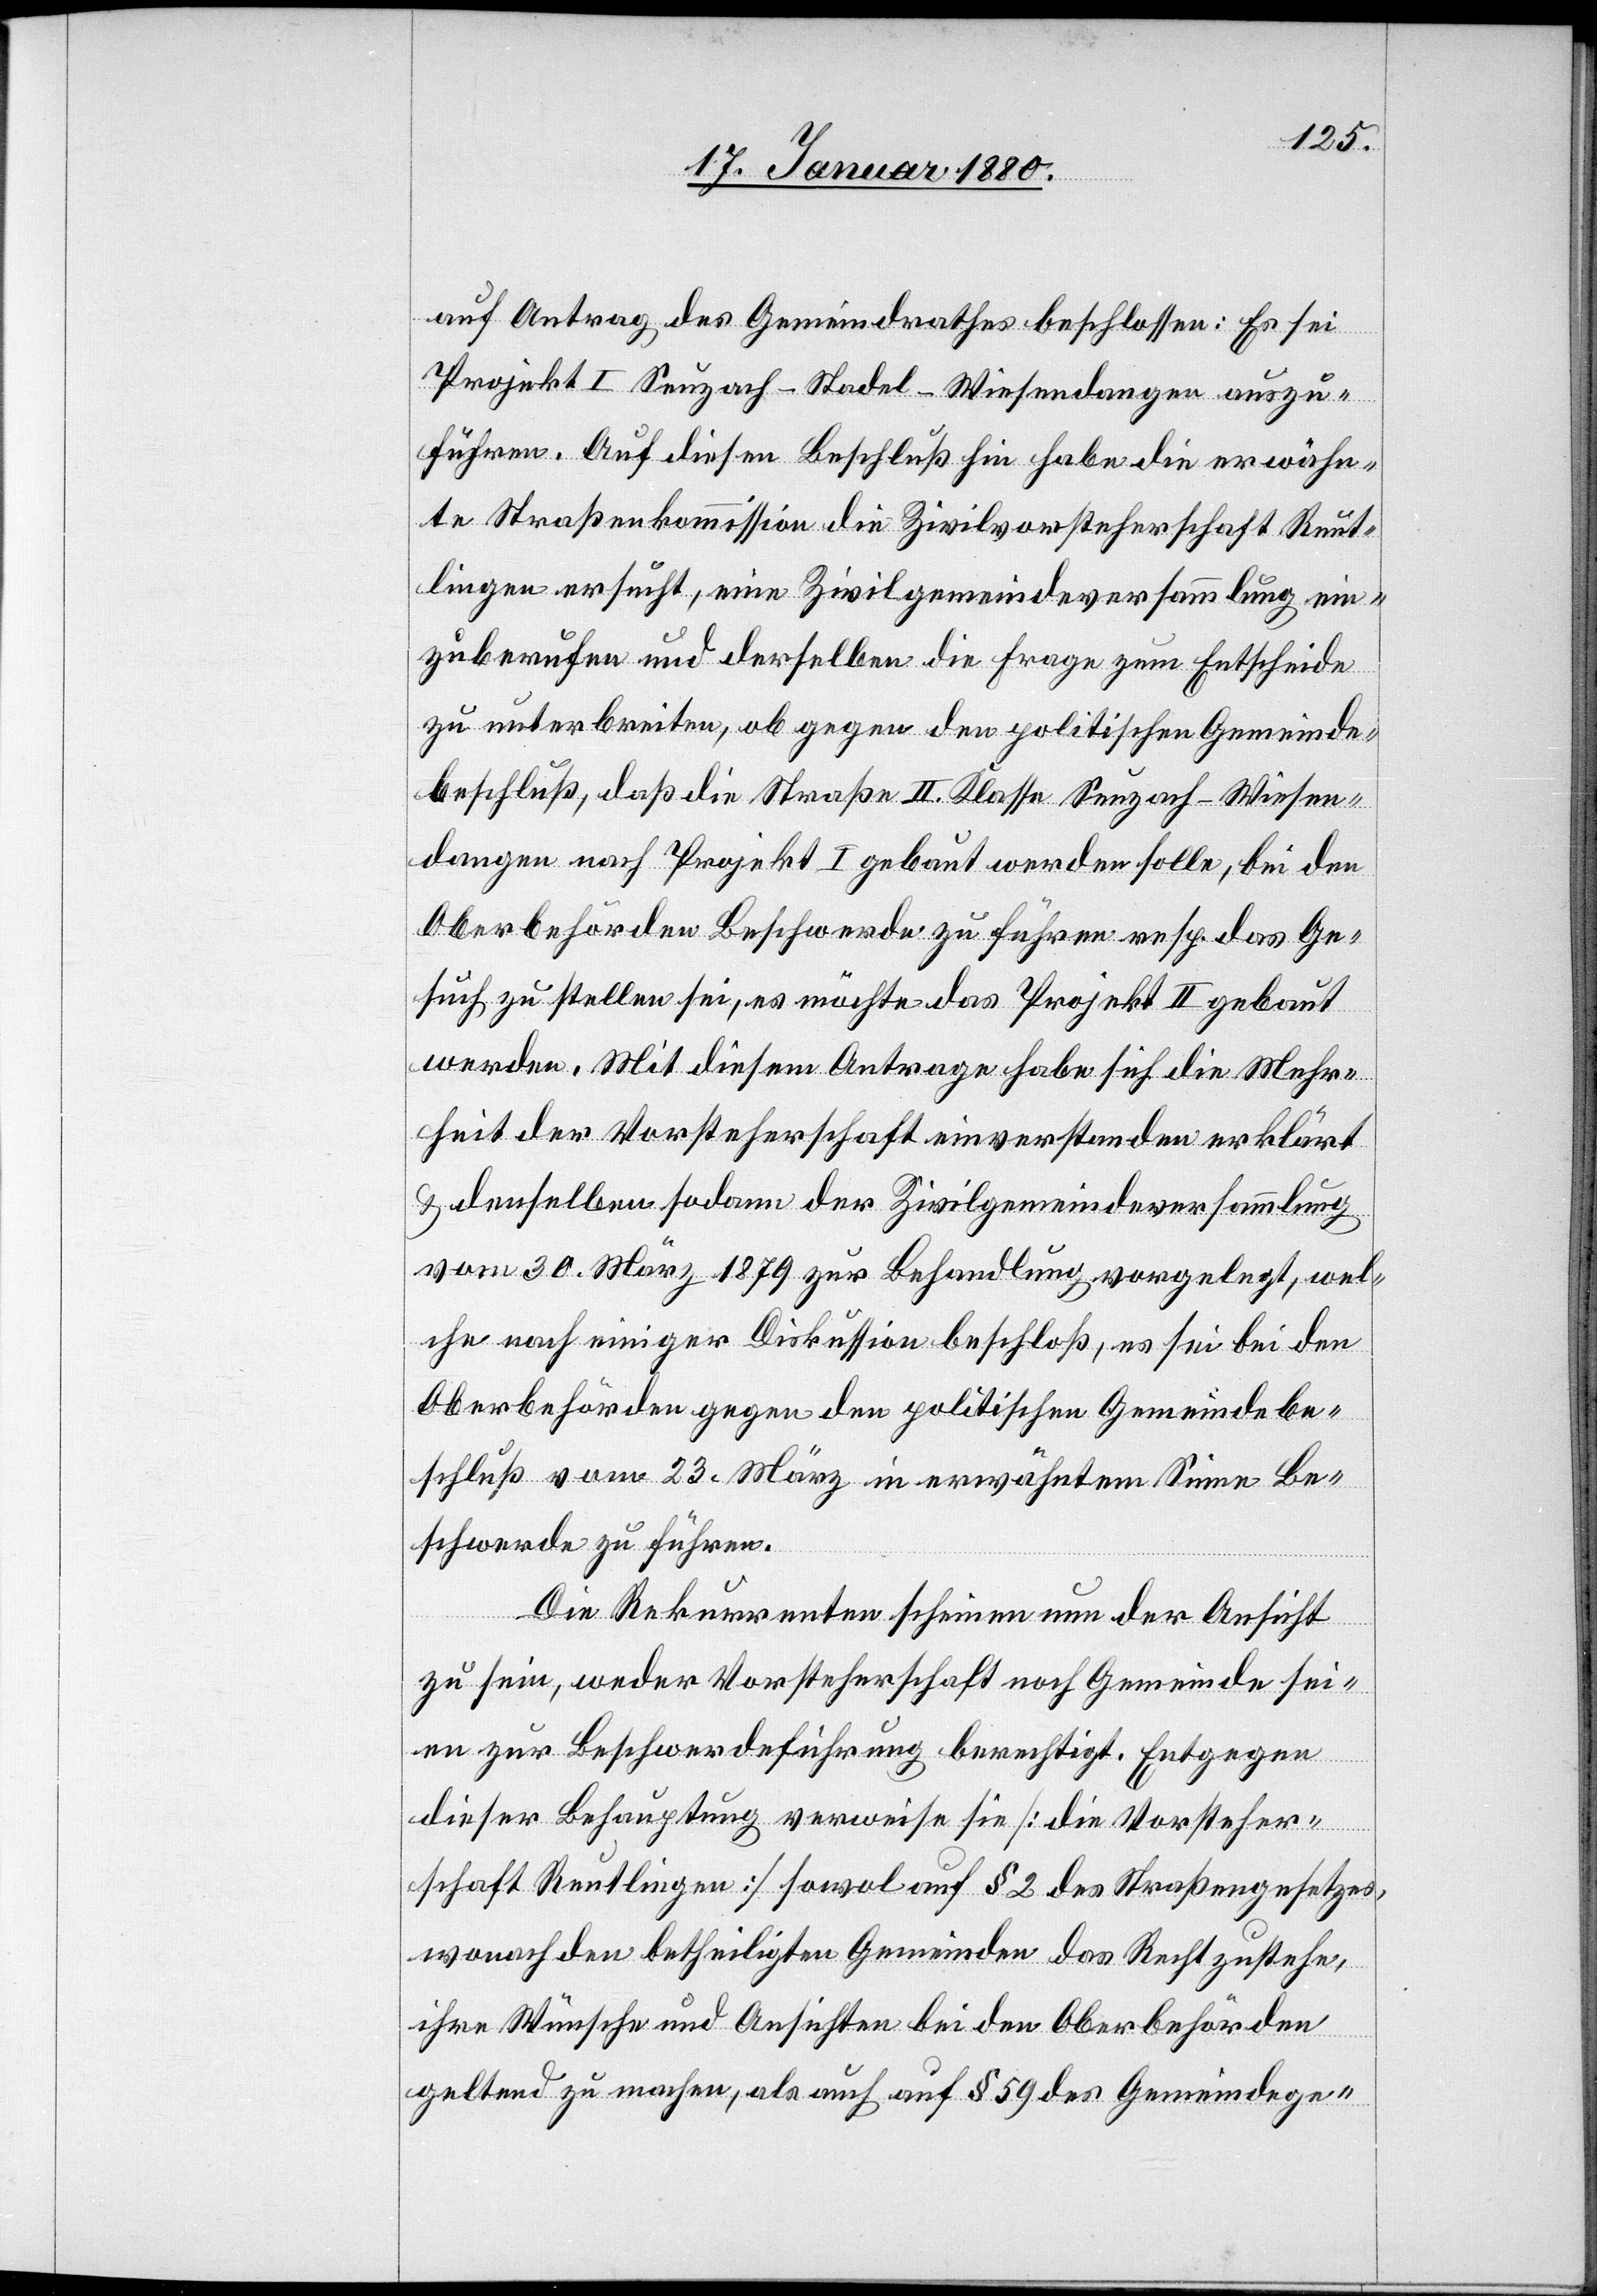
auf Antrag des Gemeindrathes beschlossen: Es sei
Projekt I Seuzach–Stadel–Wiesendangen auszu¬
führen. Auf diesen Beschluß hin habe die erwähn¬
te Straßenkommission die Zivilvorsteherschaft Reut¬
lingen ersucht, eine Zivilgemeindeversammlung ein¬
zuberufen und derselben die Frage zum Entscheide
zu unterbreiten, ob gegen den politischen Gemeinde¬
beschluß, daß die Straße II. Klasse Seuzachg–Wiesen¬
dangen nach Projekt I gebaut werden solle, bei den
Oberbehörden Beschwerde zu führen resp. das Ge¬
such zu stellen sei, es möchte das Projekt II gebaut
werden. Mit diesem Antrage habe sich die Mehr¬
heit der Vorsteherschaft einverstanden erklärt
& denselben sodann der Zivilgemeindeversammlung
vom 30. März 1879 zur Behandlung vorgelegt, wel¬
che nach einiger Diskussion beschloß, es sei bei den
Oberbehörden gegen den politischen Gemeindebe¬
schluß vom 23. März in erwähntem Sinne Be¬
schwerde zu führen.
Die Rekurrenten scheinen nun der Ansicht
zu sein, weder Vorsteherschaft noch Gemeinde sei¬
en zur Beschwerdeführung berechtigt. Entgegen
dieser Behauptung verweise sie [die Vorsteher¬
schaft Reutlingen] sowol auf § 2 des Straßengesetzes,
wonach den betheiligten Gemeinden das Recht zustehe,
ihre Wünsche und Ansichten bei den Oberbehörden
geltend zu machen, als auch auf § 59 des Gemeindege-